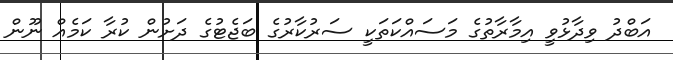
އަބްދު ވިދާޅުވީ އިމާރާތުގެ މަސައްކަތަކީ ސަރުކާރުގެ ބަޖެޓުގެ ދަށުން ކުރާ ކަމެއް ނޫން